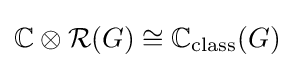
\mathbb {C} \otimes {\mathcal {R}}(G)\cong \mathbb {C} _{\text{class}}(G)